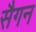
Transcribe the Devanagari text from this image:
सैगन